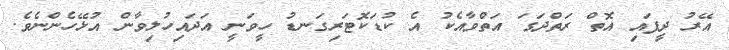
އޭރު ދީފައި އޮތް ރަތްދަގަ އަތްވާއެކު އެ ކުޑަކޮޓަރިގަނޑު ހީވަނީ އަދައިހުލިވާން އުޅޭހެންނެވެ.